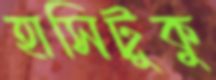
হাসিটুকু